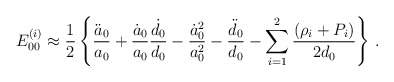
\begin{align*}E_{00}^{(i)} \approx \frac{1}{2}\left\{\frac{\ddot{a}_0}{a_0} + \frac{\dot{a}_0}{a_0}\frac{\dot{d}_0}{d_0} - \frac{\dot{a}_0^2}{a_0^2}- \frac{\ddot{d}_0}{d_0}-\sum_{i=1}^2\frac{(\rho_i+P_i)}{2d_0}\right\} \,.\end{align*}